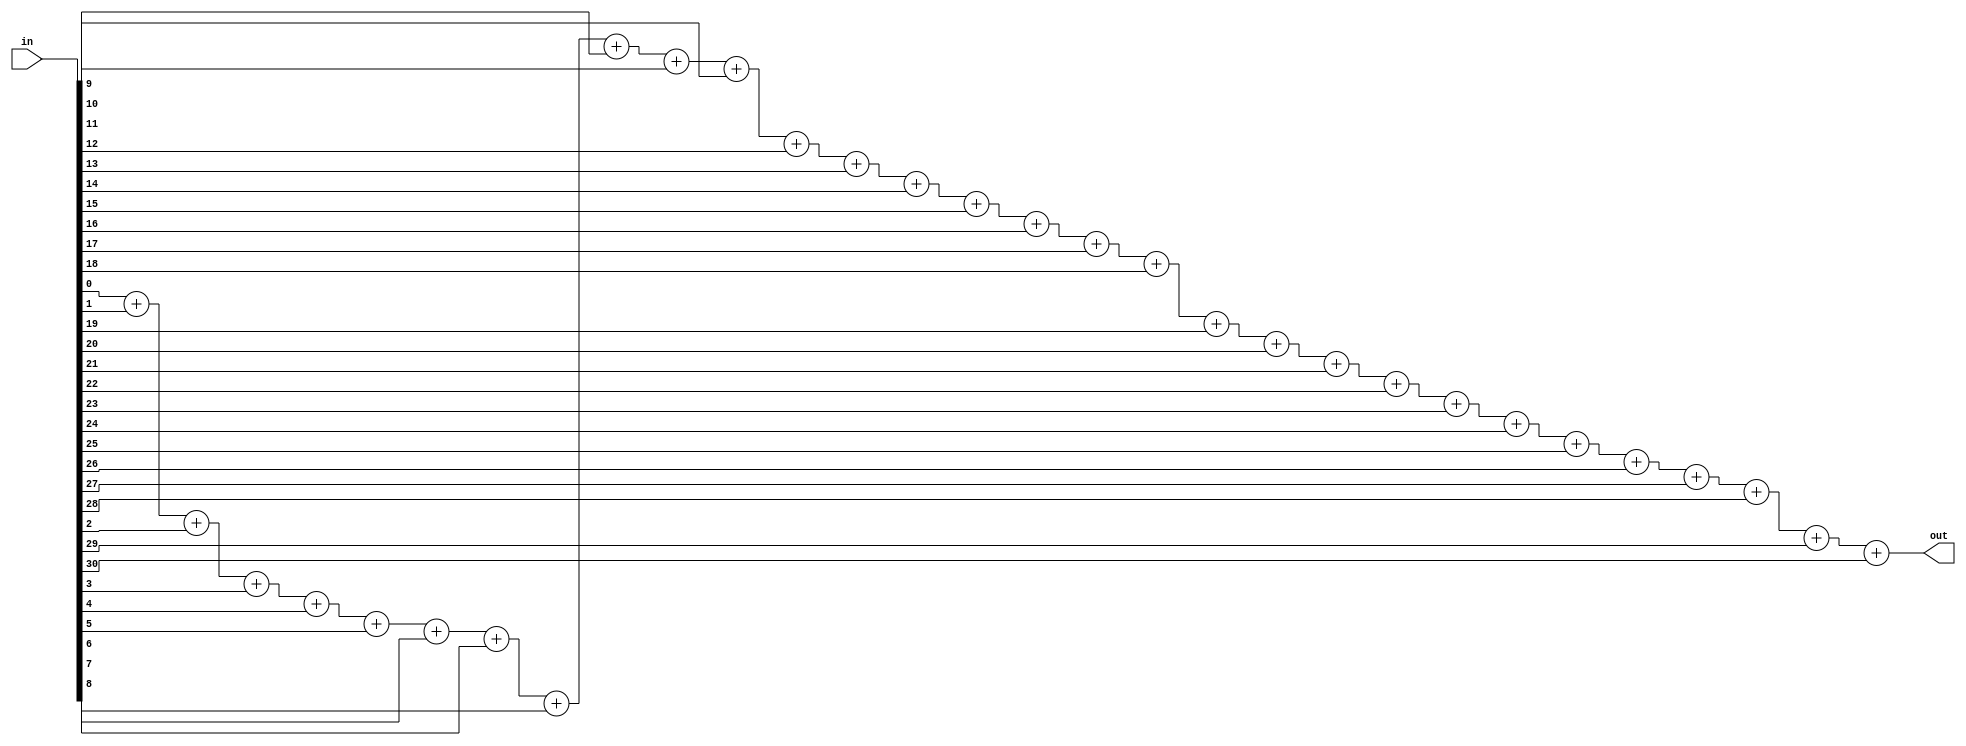
/*
 * "Copyright (c) 2010-2011 The Regents of the University of Michigan.
 * All rights reserved.
 *
 * Redistribution and use in source and binary forms, with or without
 * modification, are permitted provided that the following conditions
 * are met:
 *
 * - Redistributions of source code must retain the above copyright
 *   notice, this list of conditions and the following disclaimer.
 * - Redistributions in binary form must reproduce the above copyright
 *   notice, this list of conditions and the following disclaimer in the
 *   documentation and/or other materials provided with the
 *   distribution.
 * - Neither the name of the copyright holders nor the names of
 *   its contributors may be used to endorse or promote products derived
 *   from this software without specific prior written permission.
 *
 * THIS SOFTWARE IS PROVIDED BY THE COPYRIGHT HOLDERS AND CONTRIBUTORS
 * "AS IS" AND ANY EXPRESS OR IMPLIED WARRANTIES, INCLUDING, BUT NOT
 * LIMITED TO, THE IMPLIED WARRANTIES OF MERCHANTABILITY AND FITNESS
 * FOR A PARTICULAR PURPOSE ARE DISCLAIMED.  IN NO EVENT SHALL THE
 * COPYRIGHT HOLDER OR CONTRIBUTORS BE LIABLE FOR ANY DIRECT,
 * INDIRECT, INCIDENTAL, SPECIAL, EXEMPLARY, OR CONSEQUENTIAL DAMAGES
 * (INCLUDING, BUT NOT LIMITED TO, PROCUREMENT OF SUBSTITUTE GOODS OR
 * SERVICES; LOSS OF USE, DATA, OR PROFITS; OR BUSINESS INTERRUPTION)
 * HOWEVER CAUSED AND ON ANY THEORY OF LIABILITY, WHETHER IN CONTRACT,
 * STRICT LIABILITY, OR TORT (INCLUDING NEGLIGENCE OR OTHERWISE)
 * ARISING IN ANY WAY OUT OF THE USE OF THIS SOFTWARE, EVEN IF ADVISED
 * OF THE POSSIBILITY OF SUCH DAMAGE.
 */

/*
 * @author Ye-Sheng Kuo <samkuo@eecs.umich.edu>
 */
module bit_accumlator(in, out);

input	[30:0]	in;
output	[4:0]	out;
reg		[4:0]	out;

always @ *
begin
	out	= 	in[0]  + in[1]  + in[2]  + in[3] + 
			in[4]  + in[5]  + in[6]  + in[7] + 
			in[8]  + in[9]  + in[10] + in[11] + 
			in[12] + in[13] + in[14] + in[15] + 
			in[16] + in[17] + in[18] + in[19] + 
			in[20] + in[21] + in[22] + in[23] + 
			in[24] + in[25] + in[26] + in[27] + 
			in[28] + in[29] + in[30];
end

endmodule